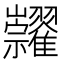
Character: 𥜺